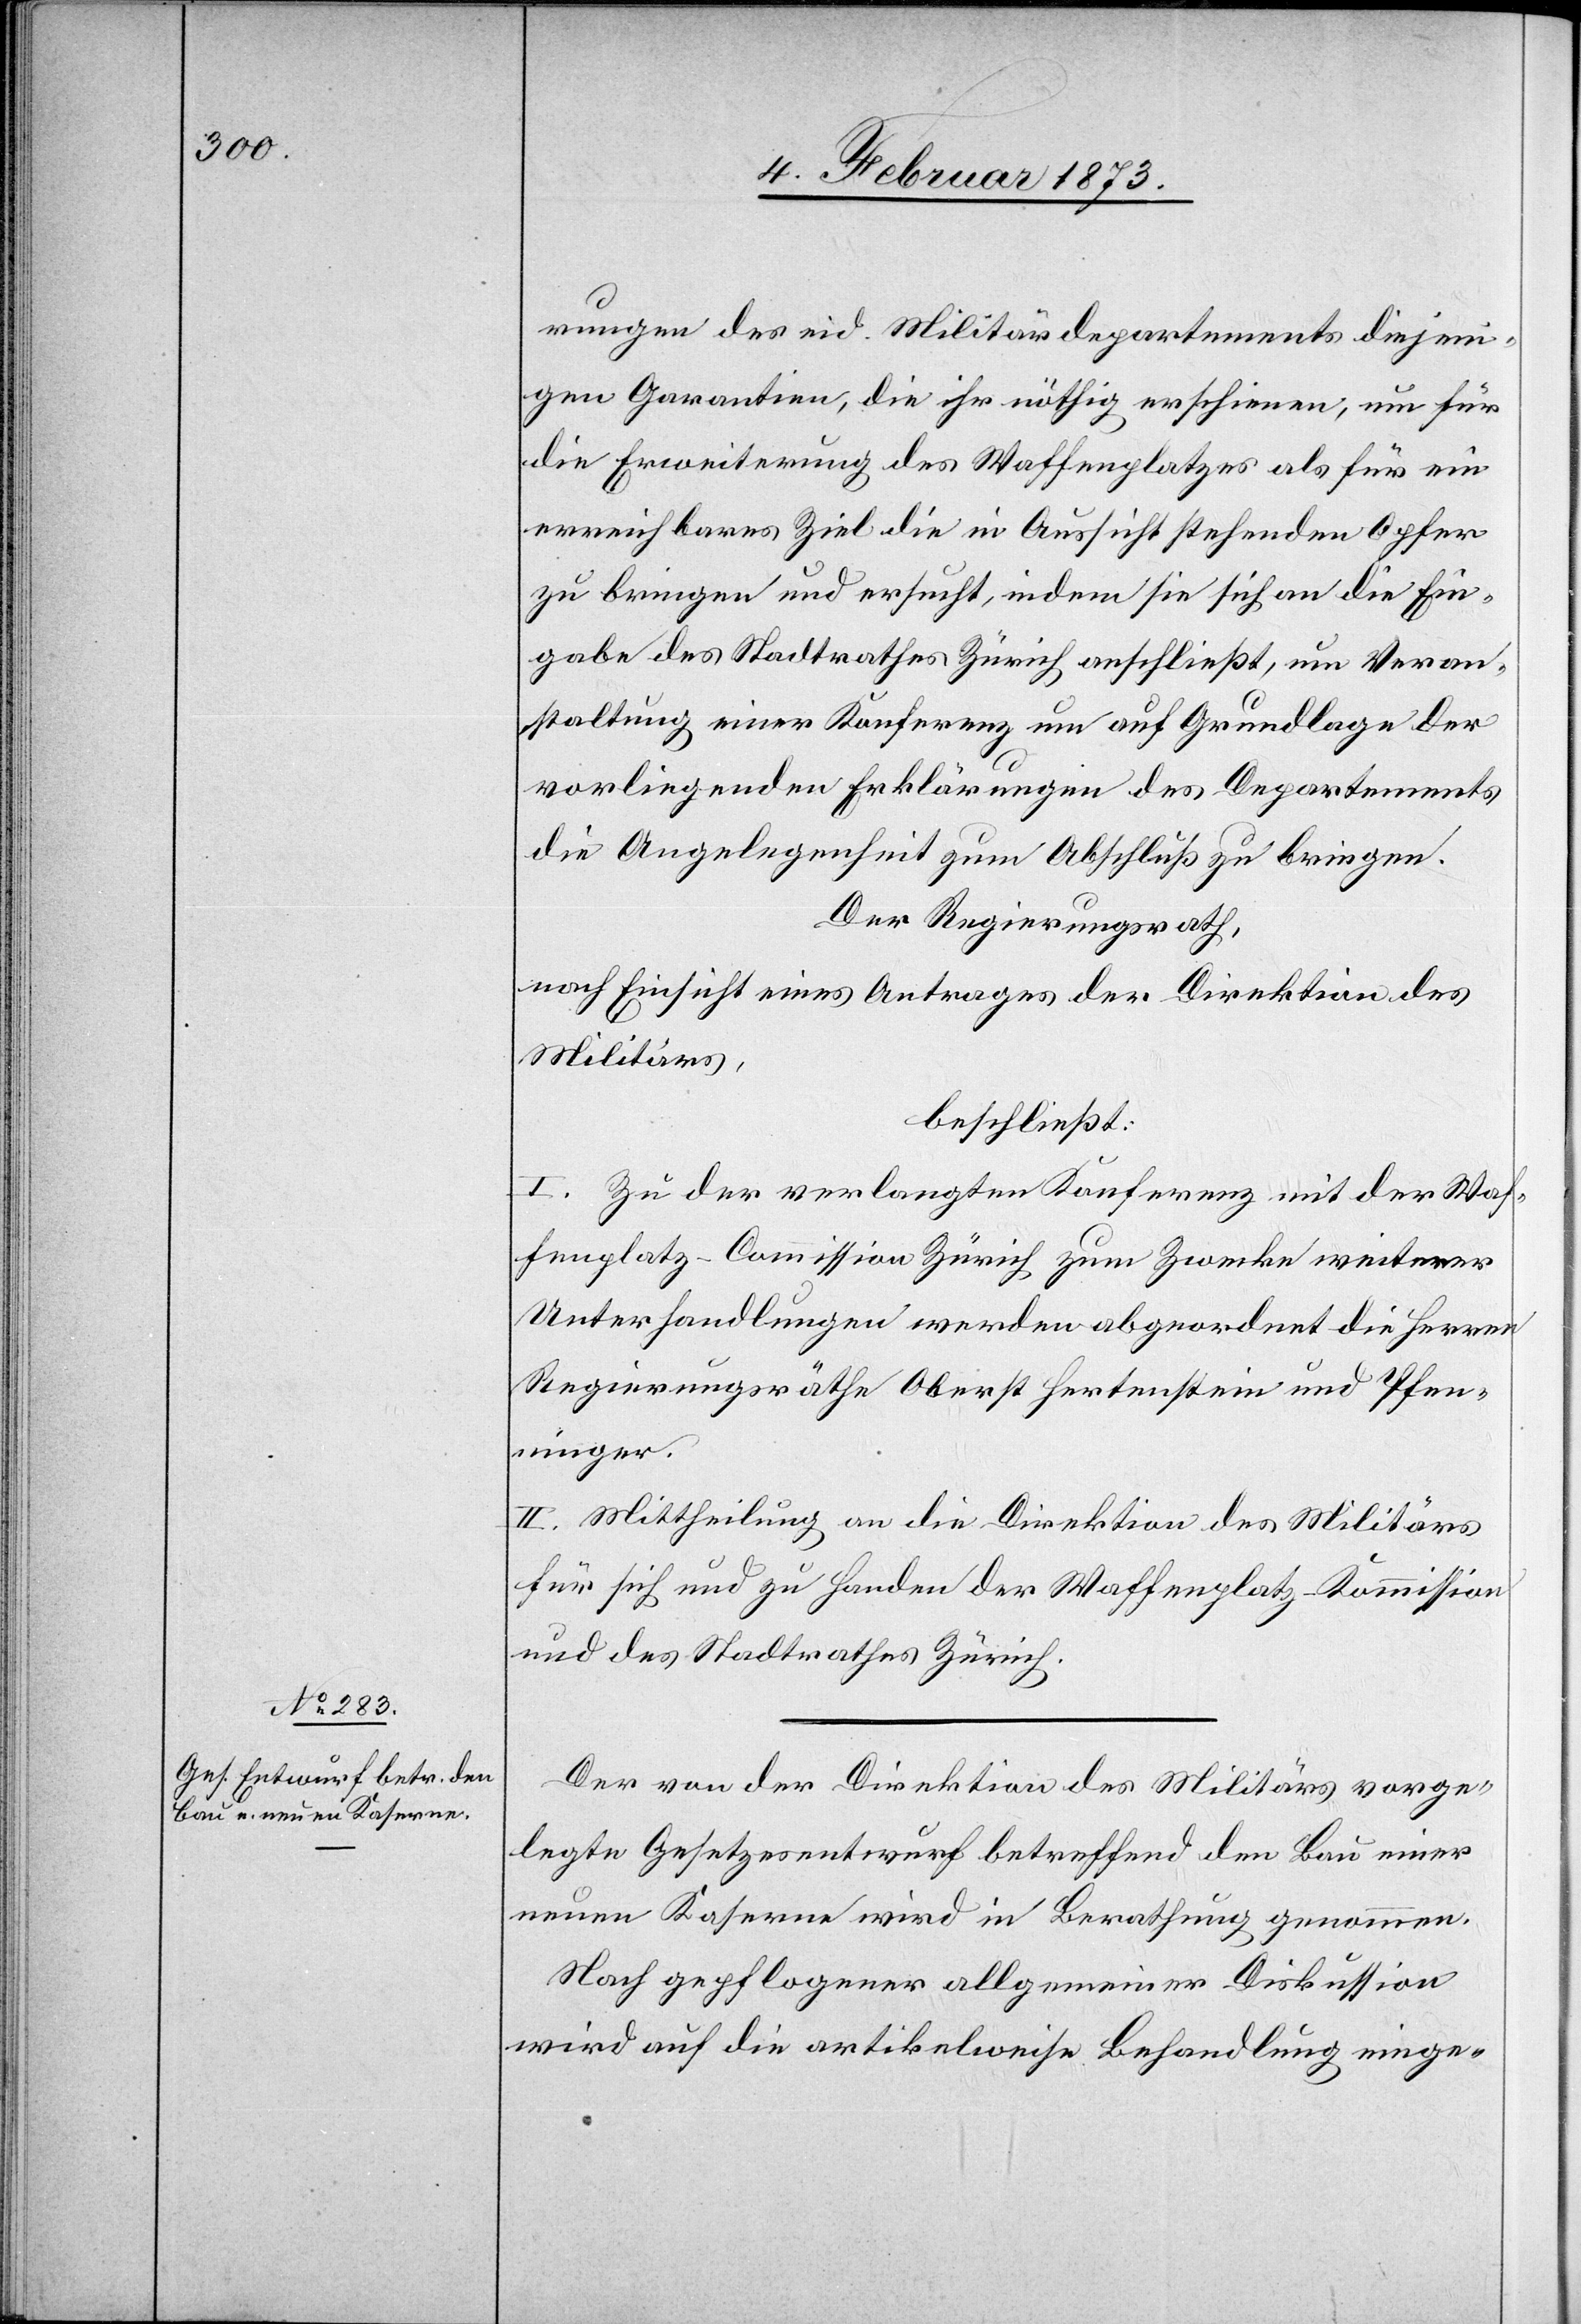
rungen des eid. Militärdepartements diejeni¬
gen Garantien, die ihr nöthig erscheinen, um für
die Erweiterung des Waffenplatzes als für ein
erreichbares Ziel die in Aussicht stehenden Opfer
zu bringen und ersucht, indem sie sich an die Ein¬
gabe des Stadtrathes Zürich anschließt, um Veran¬
staltung einer Konferenz um auf Grundlage der
vorliegenden Erklärungen des Departements
die Angelegenheit zum Abschluß zu bringen.
Der Regierungsrath,
nach Einsicht eines Antrages der Direktion des
Militärs,
beschließt:
I. Zu der verlangten Konferenz mit der Waf¬
fenplatz-Comission Zürich zum Zwecke weiterer
Unterhandlungen werden abgeordnet die Herren
Regierungsräthe Oberst Hertenstein und Pfen¬
ninger.
II. Mittheilung an die Direktion des Militärs
für sich und zu Handen der Waffenplatz-Kommission
und des Stadtrathes Zürich.
Der von der Direktion des Militärs vorge¬
legte Gesetzesentwurf betreffend den Bau einer
neuen Kaserne wird in Berathung genommen.
Nach gepflogener allgemeiner Diskussion
wird auf die artikelweise Behandlung einge-